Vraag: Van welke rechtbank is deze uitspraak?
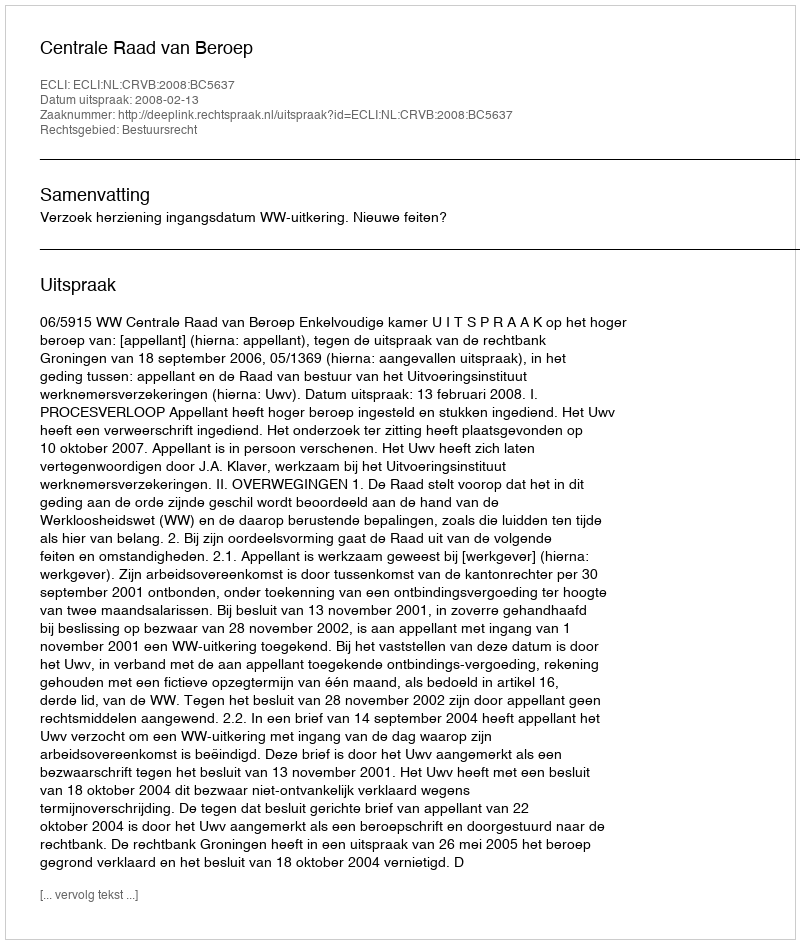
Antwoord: Centrale Raad van Beroep